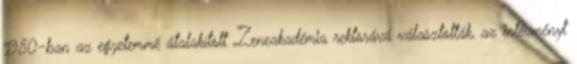
1980-ban az egyetemmé átalakított Zeneakadémia rektorává választották, az intézményt